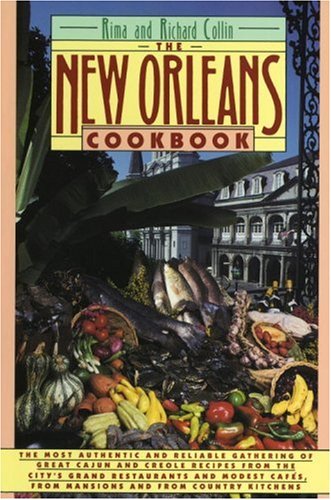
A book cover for The New Orleans Cookbook; Rima Collin; Cookbooks, Food & Wine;